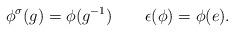
LaTeX: \begin{align*} \phi^\sigma(g)=\phi(g^{-1})\quad\quad\epsilon(\phi)=\phi(e).\end{align*}